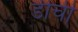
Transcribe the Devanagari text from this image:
डीची